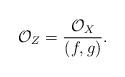
LaTeX: \begin{align*}\mathcal{O}_Z=\frac{\mathcal{O}_X}{(f,g)}.\end{align*}